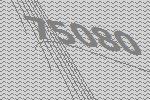
75080